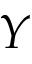
Y